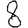
Digit: 8